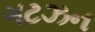
ગટઝન